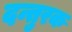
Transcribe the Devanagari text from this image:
दन्तुरक